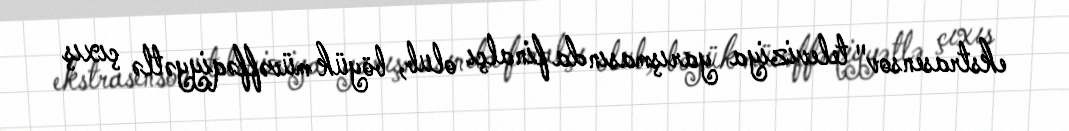
ekstrasensov" televiziya yarışmasında finalçı olub, böyük müvəffəqiyyətlə çıxış